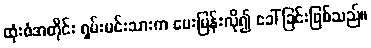
ထုံးစံအတိုင်း ရှမ်းမင်းသားက မေးမြန်းလို၍ ခေါ်ခြင်းဖြစ်သည်။